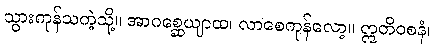
သွားကုန်သကဲ့သို့။ အာဂစ္ဆေယျာထ၊ လာစေကုန်လော့။ ဣတိဝစနံ၊